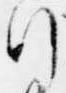
行